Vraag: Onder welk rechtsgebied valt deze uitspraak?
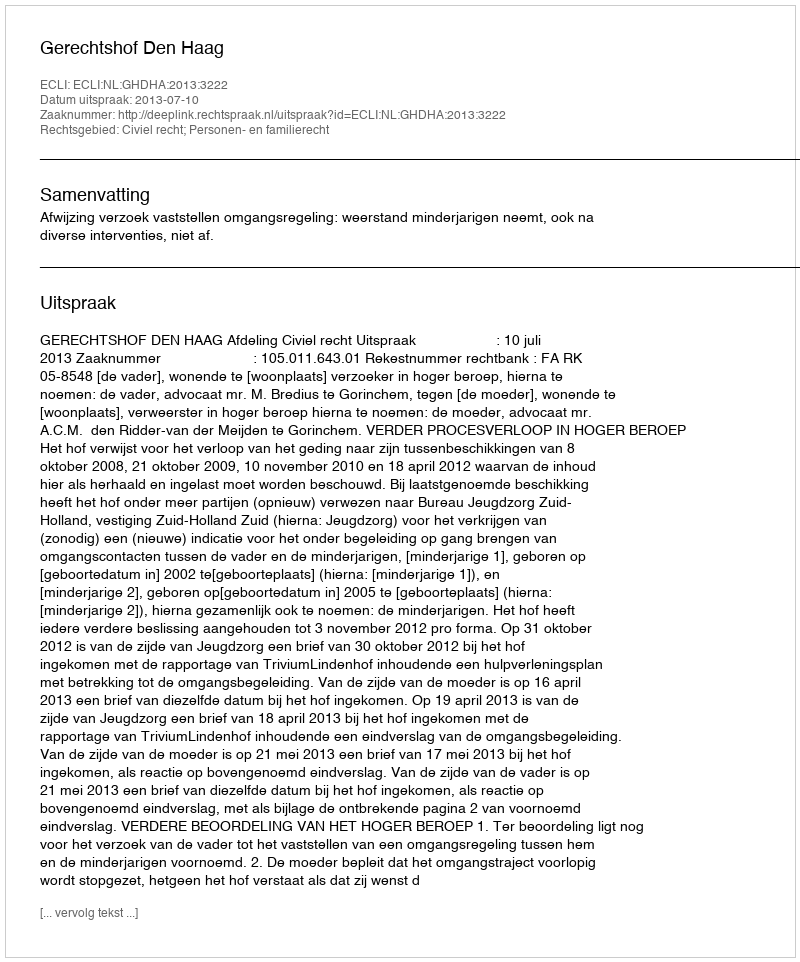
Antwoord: Civiel recht; Personen- en familierecht